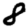
Digit: 8